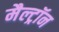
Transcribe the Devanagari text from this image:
मैल्ट्रॉन